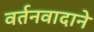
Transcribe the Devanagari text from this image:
वर्तनवादाने